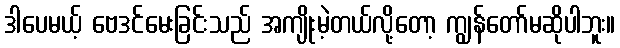
ဒါပေမယ့် ဗေဒင်မေးခြင်းသည် အကျိုးမဲ့တယ်လို့တော့ ကျွန်တော်မဆိုပါဘူး။